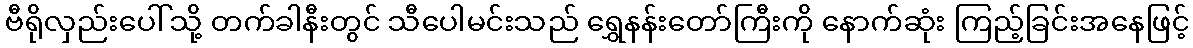
ဗီရိုလှည်းပေါ်သို့ တက်ခါနီးတွင် သီပေါမင်းသည် ရွှေနန်းတော်ကြီးကို နောက်ဆုံး ကြည့်ခြင်းအနေဖြင့်